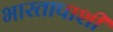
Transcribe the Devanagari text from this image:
भारतापाशी